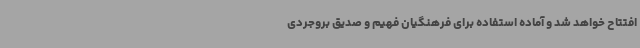
افتتاح خواهد شد و آماده استفاده برای فرهنگیان فهیم و صدیق بروجردی